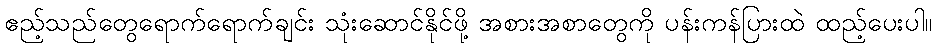
ဧည့်သည်တွေရောက်ရောက်ချင်း သုံးဆောင်နိုင်ဖို့ အစားအစာတွေကို ပန်းကန်ပြားထဲ ထည့်ပေးပါ။